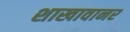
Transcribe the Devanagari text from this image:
शाखावानर